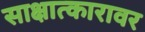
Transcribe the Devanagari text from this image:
साक्षात्कारावर